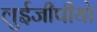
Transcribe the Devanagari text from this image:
लुईजीपीयो